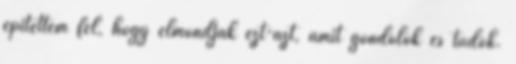
építettem fel, hogy elmondjak ezt-azt, amit gondolok és tudok.